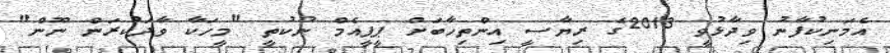
އެމަނިކުފާނު ވިދާޅުވީ 2013ގެ ރިޔާސީ އިންތިހާބަށް ޕީޕީއެމް ނުކުތީ "މީހަކާ ވާދަކުރަން ނޫން"